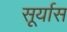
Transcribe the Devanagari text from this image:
सूर्यास